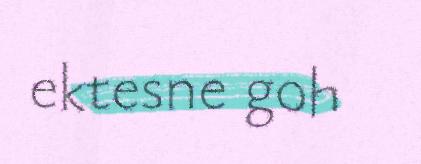
ektesne goh